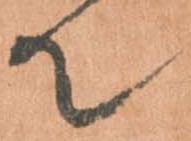
て